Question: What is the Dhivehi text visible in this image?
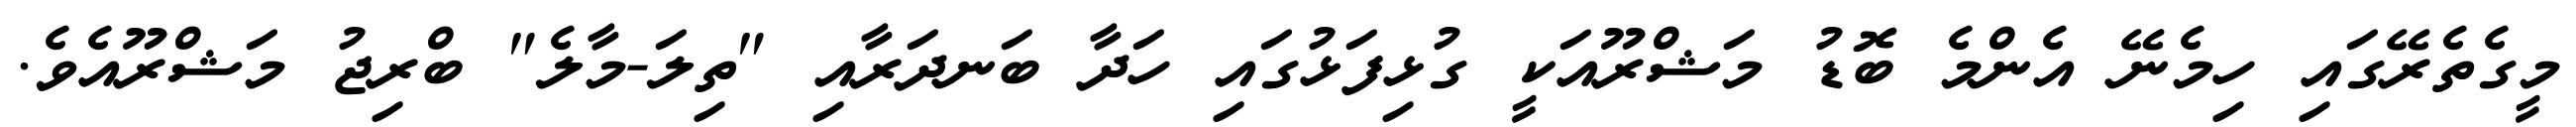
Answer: މީގެތެރޭގައި ހިމެނޭ އެންމެ ބޮޑު މަޝްރޫއަކީ ގުޅިފަޅުގައި ހަދާ ބަނދަރާއި "ތިލަ-މާލެ" ބްރިޖު މަޝްރޫއެވެ.